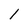
Character: l